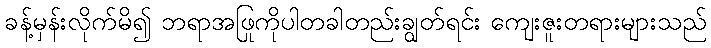
ခန့်မှန်းလိုက်မိ၍ ဘရာအဖြုကိုပါတခါတည်းချွတ်ရင်း ကျေးဇူးတရားများသည်